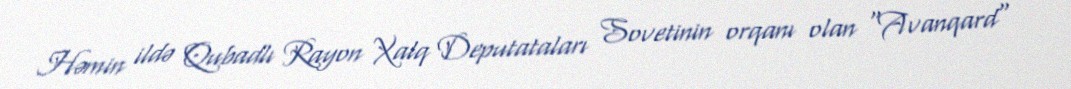
Həmin ildə Qubadlı Rayon Xalq Deputataları Sovetinin orqanı olan "Avanqard"